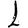
Digit: 1